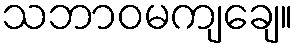
သဘာဝမကျချေ။